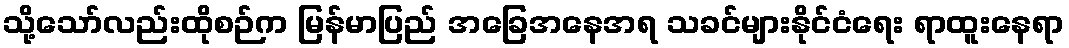
သို့သော်လည်းထိုစဉ်က မြန်မာပြည် အခြေအနေအရ သခင်များနိုင်ငံရေး ရာထူးနေရာ